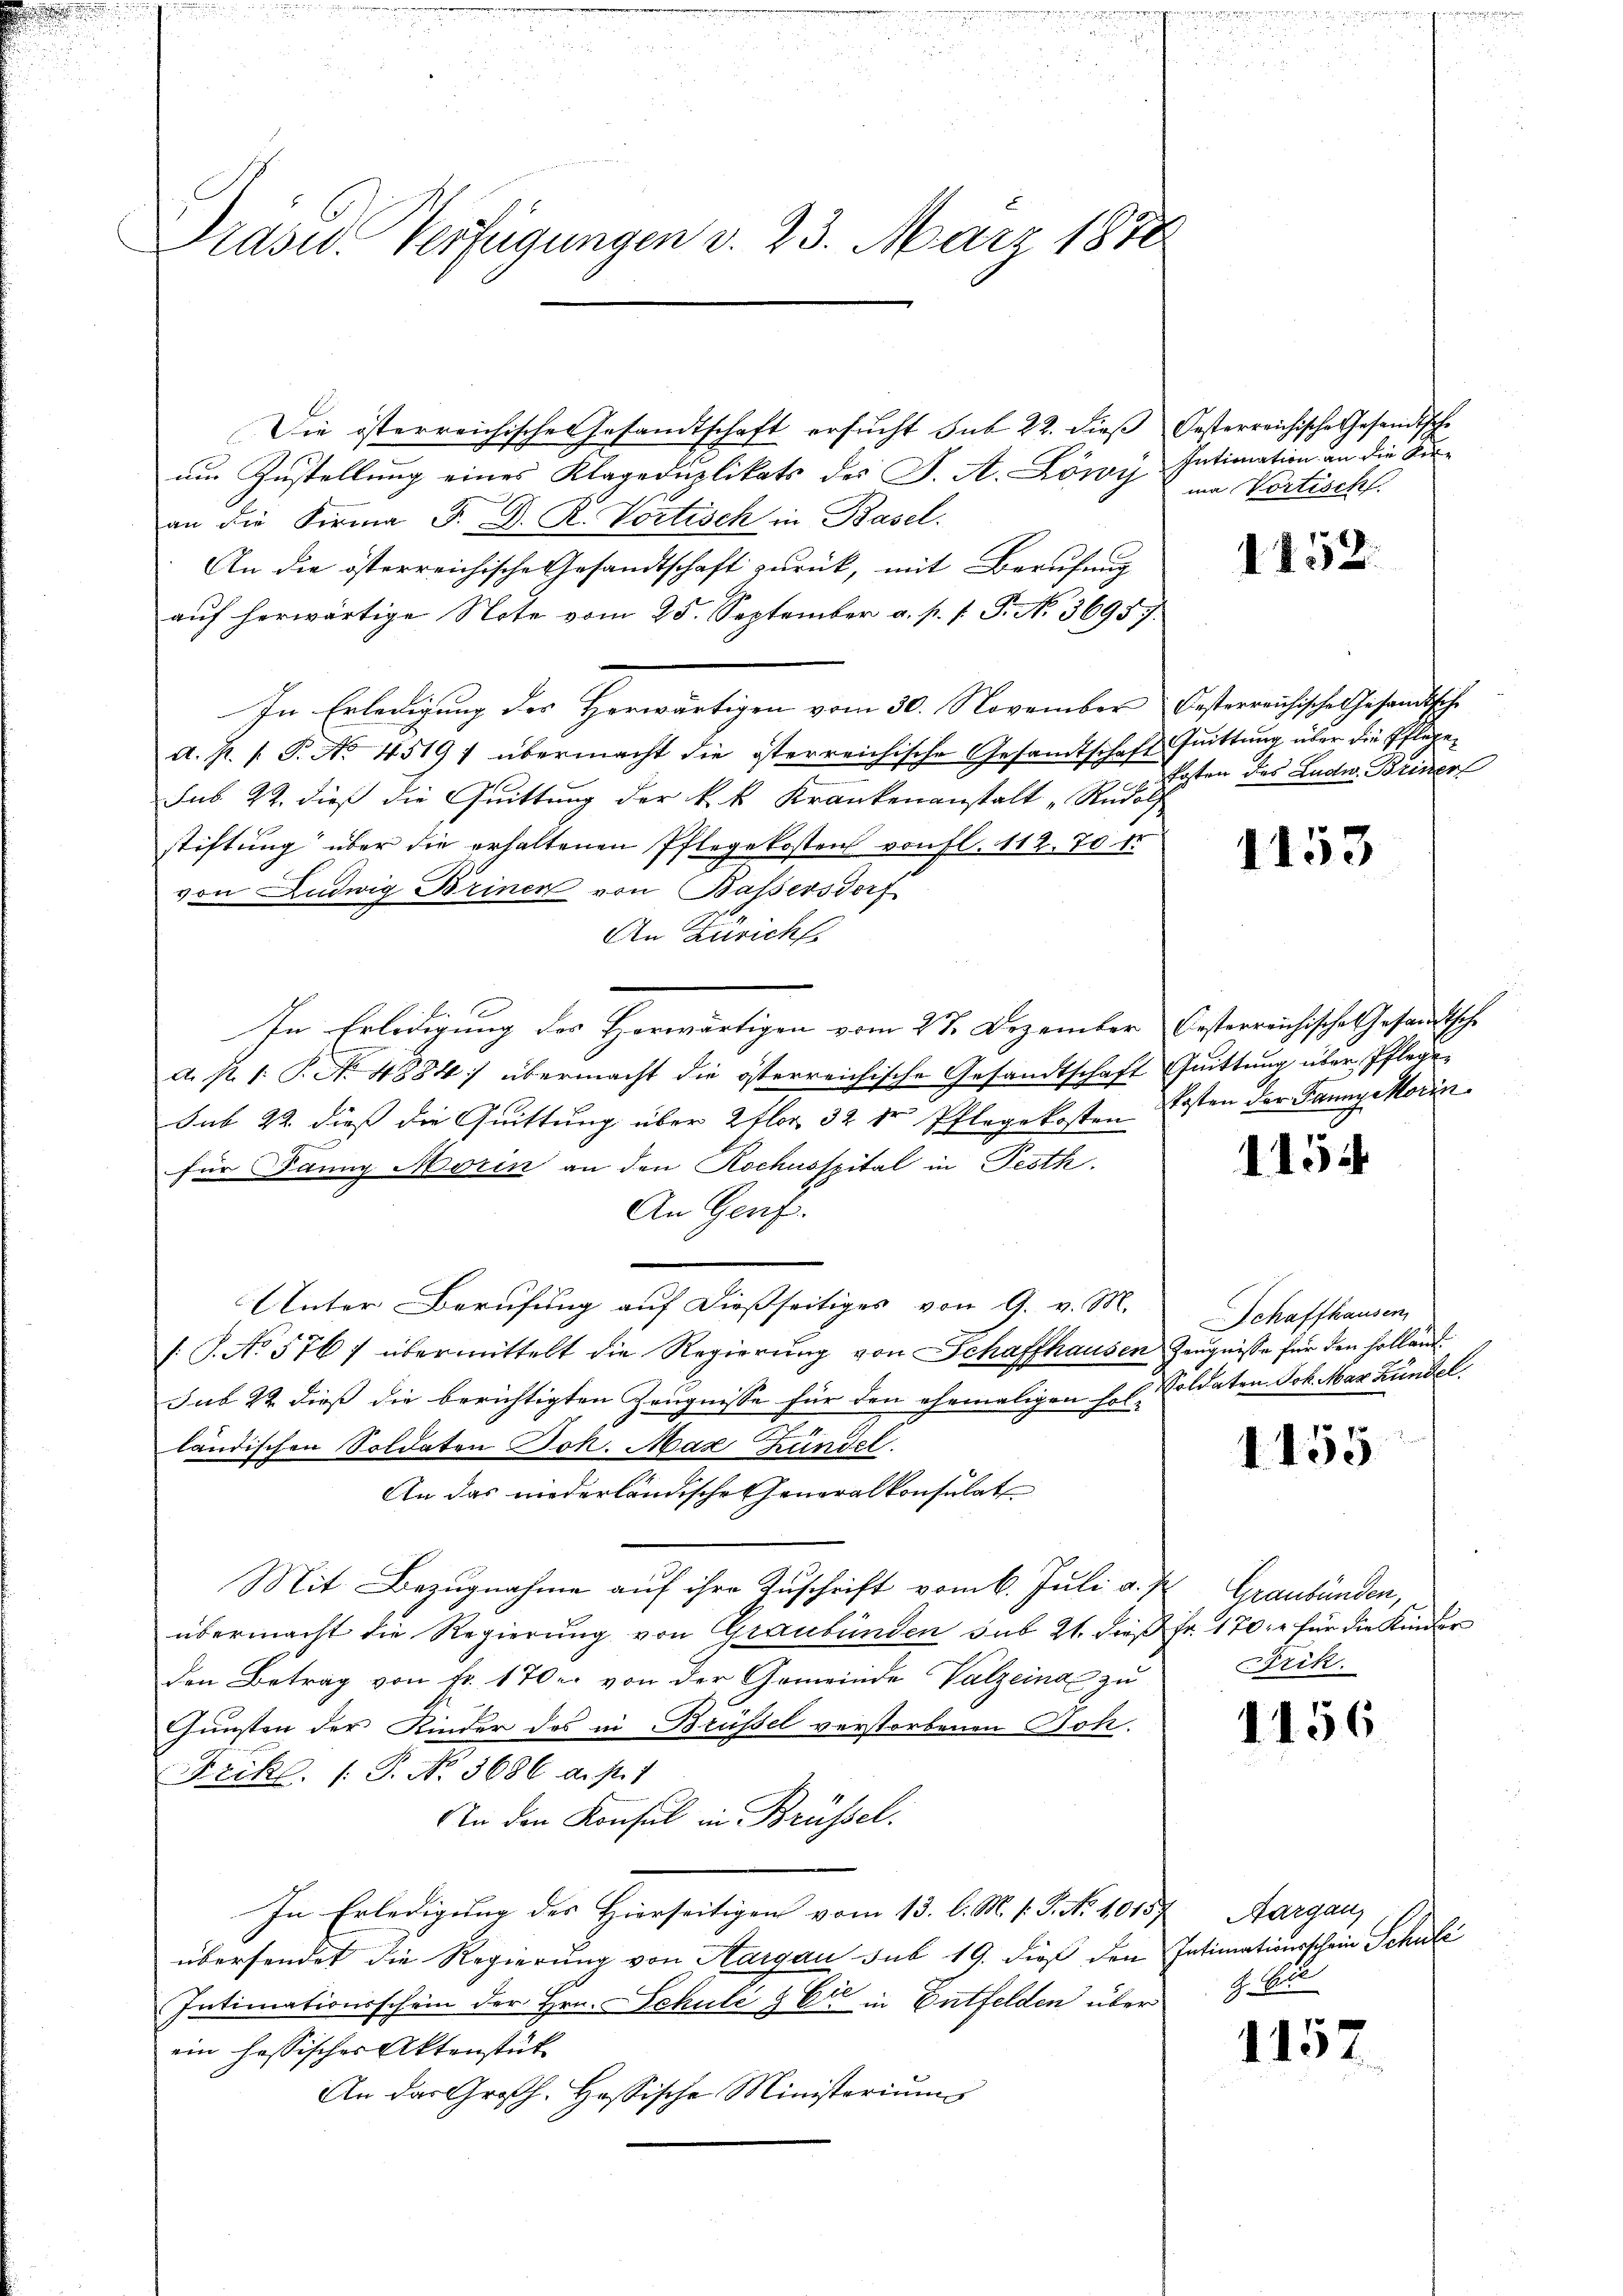
Präsid. Verfügungen v. 23. März 1878

Die österreichisches Gesandtschaft ersucht sub 22. dieß besterreichische Gesandtsche
um Zustellung eines Klageduplikats des J. A. Löwy Intimation an die Fian die Firma S. D. R. Vortisch in Basel.
An die österreichische Gesandtschaft zurück, mit Berufung
aŭf herwärtige Note vom 25. September a. p. s. S. No. 36957.
In Erledigung des Herwärtigen vom 30. November Oesterreichische Gesandtsche
d. P. P.P. No 45191 übermacht die österreichische Gesandtschaft Gŭittŭng über die Pflege-
sub. 22. dieß die Quittung der k. k. Krankenanstalt Rudol
stiftung über die erhaltenen Pflegekosten von fl. 112. 70
von Ludwig Brinen von Bassersdorf
An Züricht
In Erledigung des Horwärtigen vom 27. Dezember Oesterreichisches Gesandtsche
d. R. 1. P. N. 4884 übermacht die österreichische Gesandtschaft Quittung über Pflege
Sub 22. dies die Quittung über 2 flor 32 der Pflegekosten Ersten der Fannysorin
für Jänng Morin an den Rochusspital in Pesth
An Genf.
Unter Berufung auf dießseitiges von G. v. M.
/: P. No 576 f übermittelt die Regierung von Schaffhausen Zeugnisse für den hollend
sub 22 dieß die berichtigten Zeugnisse für den ehemaligen Erl Soldaten Joh. Max Hundel.
n
ländischen Soldaten Joh. Max Zündel
An das niederländisches Generalkonsulat
Mit Bezugnahme auf ihre Zuschrift vom 6. Juli a. K. Graubünden,
übermacht die Regierung von Graubünden sub 21. dieß fr. 170, für die Kinder
den Betrag von Fr. 170 u. von der Gemeinde Valzeina zu
Gunsten der Kinder des in Brüssel verstorbenen Soh-
Frikl. (T. No. 3686 a. st. 1
An den Konsul in Brüssel.
In Erledigung der Hierseitigen vom 13. l. M. v. P. Nr. 10157t Aargau,
übersendet die Regierung von Aargau sub 19. dieß den Intimationsschein Schule
Intimationsschein der Hrn. Schule & Er in Entfelden über 8 Ei
ein hassischer Aktenstük¬
An das Großh. Hessische Ministeriums

ma Vortisch

1152.

Posten des Ludw. Beiner

1153

15

Schaffhausen

1455

Frik.

1156

1157